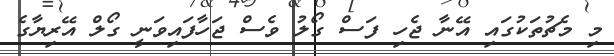
މި މެޗުތަކުގައި އޭނާ ޖެހި ފަސް ގޯލު ވެސް ޖަހާފައިވަނީ ގޯލް އޭރިޔާގެ